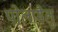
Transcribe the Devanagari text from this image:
पोलामैलु